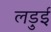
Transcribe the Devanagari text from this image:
लड़ुई